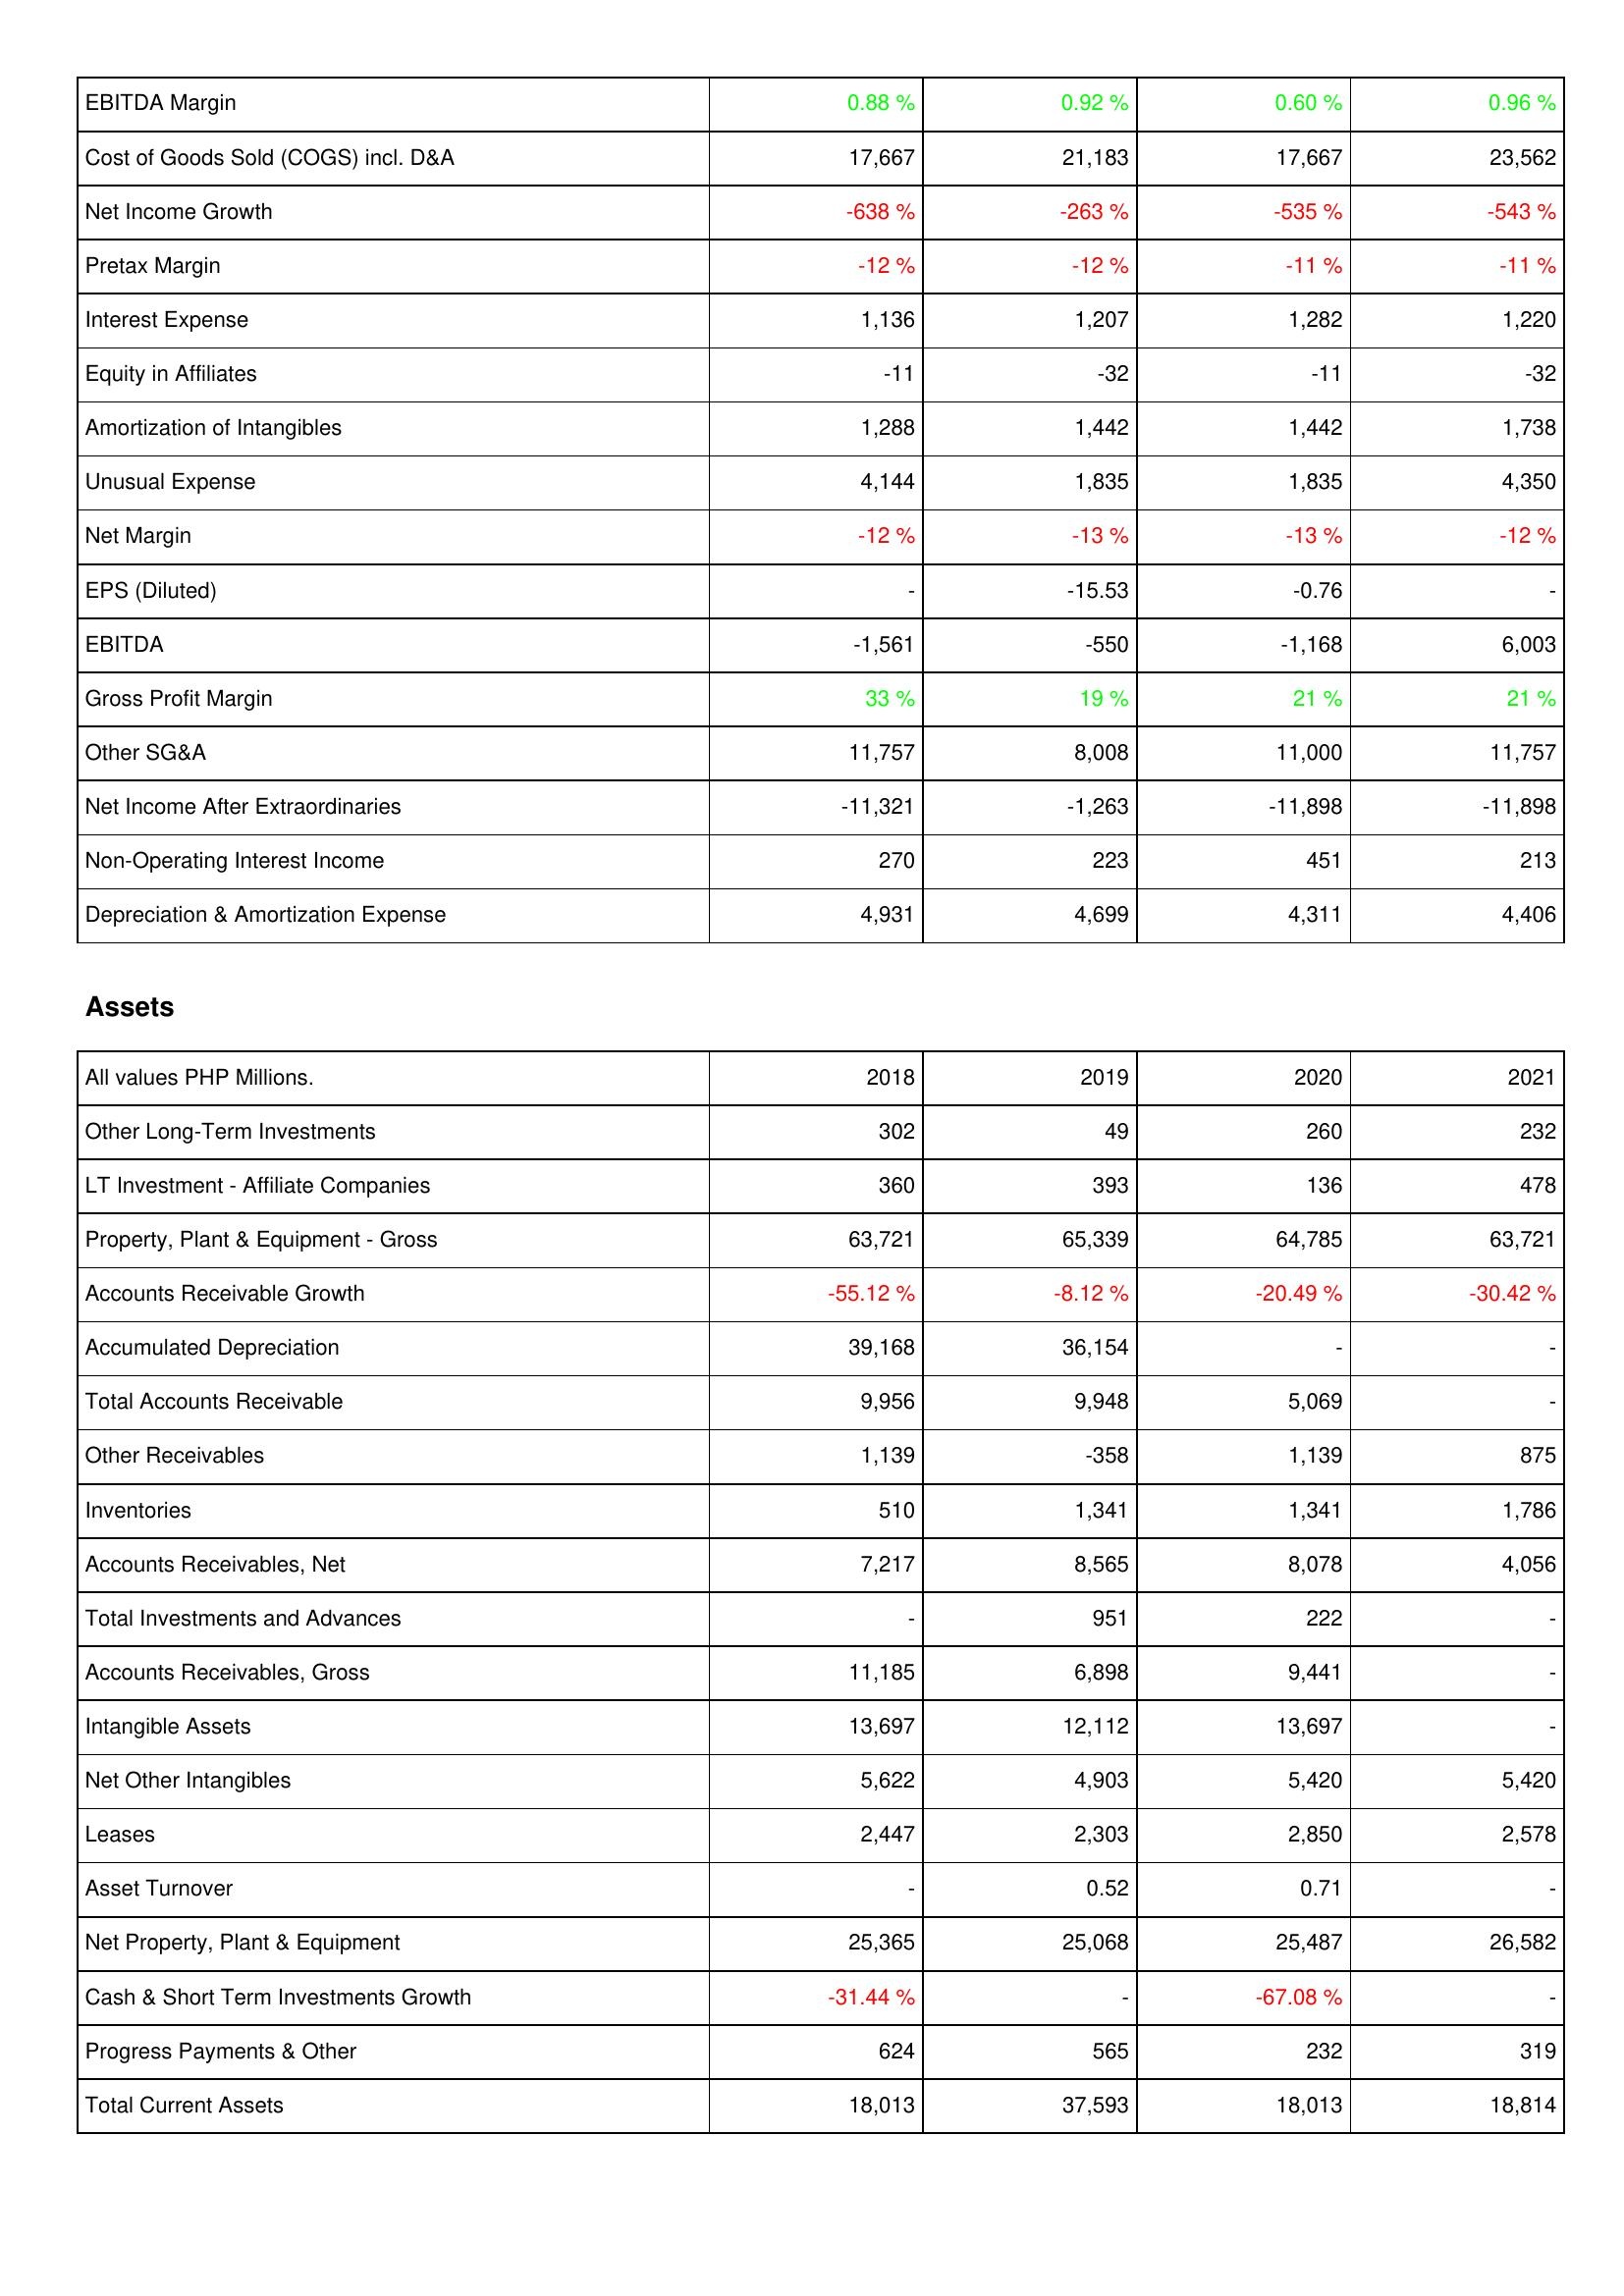
2018: Income Statement: EBITDA Margin: 0.88 %
Cost of Goods Sold (COGS) incl. D&A: 17,667
Net Income Growth: -638 %
Pretax Margin: -12 %
Interest Expense: 1,136
Equity in Affiliates: -11
Amortization of Intangibles: 1,288
Unusual Expense: 4,144
Net Margin: -12 %
EPS (Diluted): -
EBITDA: -1,561
Gross Profit Margin: 33 %
Other SG&A: 11,757
Net Income After Extraordinaries: -11,321
Non-Operating Interest Income: 270
Depreciation & Amortization Expense: 4,931
Assets: Other Long-Term Investments: 302
LT Investment - Affiliate Companies: 360
Property, Plant & Equipment - Gross: 63,721
Accounts Receivable Growth: -55.12 %
Accumulated Depreciation: 39,168
Total Accounts Receivable: 9,956
Other Receivables: 1,139
Inventories: 510
Accounts Receivables, Net: 7,217
Total Investments and Advances: -
Accounts Receivables, Gross: 11,185
Intangible Assets: 13,697
Net Other Intangibles: 5,622
Leases: 2,447
Asset Turnover: -
Net Property, Plant & Equipment: 25,365
Cash & Short Term Investments Growth: -31.44 %
Progress Payments & Other: 624
Total Current Assets: 18,013
2019: Income Statement: EBITDA Margin: 0.92 %
Cost of Goods Sold (COGS) incl. D&A: 21,183
Net Income Growth: -263 %
Pretax Margin: -12 %
Interest Expense: 1,207
Equity in Affiliates: -32
Amortization of Intangibles: 1,442
Unusual Expense: 1,835
Net Margin: -13 %
EPS (Diluted): -15.53
EBITDA: -550
Gross Profit Margin: 19 %
Other SG&A: 8,008
Net Income After Extraordinaries: -1,263
Non-Operating Interest Income: 223
Depreciation & Amortization Expense: 4,699
Assets: Other Long-Term Investments: 49
LT Investment - Affiliate Companies: 393
Property, Plant & Equipment - Gross: 65,339
Accounts Receivable Growth: -8.12 %
Accumulated Depreciation: 36,154
Total Accounts Receivable: 9,948
Other Receivables: -358
Inventories: 1,341
Accounts Receivables, Net: 8,565
Total Investments and Advances: 951
Accounts Receivables, Gross: 6,898
Intangible Assets: 12,112
Net Other Intangibles: 4,903
Leases: 2,303
Asset Turnover: 0.52
Net Property, Plant & Equipment: 25,068
Cash & Short Term Investments Growth: -
Progress Payments & Other: 565
Total Current Assets: 37,593
2020: Income Statement: EBITDA Margin: 0.60 %
Cost of Goods Sold (COGS) incl. D&A: 17,667
Net Income Growth: -535 %
Pretax Margin: -11 %
Interest Expense: 1,282
Equity in Affiliates: -11
Amortization of Intangibles: 1,442
Unusual Expense: 1,835
Net Margin: -13 %
EPS (Diluted): -0.76
EBITDA: -1,168
Gross Profit Margin: 21 %
Other SG&A: 11,000
Net Income After Extraordinaries: -11,898
Non-Operating Interest Income: 451
Depreciation & Amortization Expense: 4,311
Assets: Other Long-Term Investments: 260
LT Investment - Affiliate Companies: 136
Property, Plant & Equipment - Gross: 64,785
Accounts Receivable Growth: -20.49 %
Accumulated Depreciation: -
Total Accounts Receivable: 5,069
Other Receivables: 1,139
Inventories: 1,341
Accounts Receivables, Net: 8,078
Total Investments and Advances: 222
Accounts Receivables, Gross: 9,441
Intangible Assets: 13,697
Net Other Intangibles: 5,420
Leases: 2,850
Asset Turnover: 0.71
Net Property, Plant & Equipment: 25,487
Cash & Short Term Investments Growth: -67.08 %
Progress Payments & Other: 232
Total Current Assets: 18,013
2021: Income Statement: EBITDA Margin: 0.96 %
Cost of Goods Sold (COGS) incl. D&A: 23,562
Net Income Growth: -543 %
Pretax Margin: -11 %
Interest Expense: 1,220
Equity in Affiliates: -32
Amortization of Intangibles: 1,738
Unusual Expense: 4,350
Net Margin: -12 %
EPS (Diluted): -
EBITDA: 6,003
Gross Profit Margin: 21 %
Other SG&A: 11,757
Net Income After Extraordinaries: -11,898
Non-Operating Interest Income: 213
Depreciation & Amortization Expense: 4,406
Assets: Other Long-Term Investments: 232
LT Investment - Affiliate Companies: 478
Property, Plant & Equipment - Gross: 63,721
Accounts Receivable Growth: -30.42 %
Accumulated Depreciation: -
Total Accounts Receivable: -
Other Receivables: 875
Inventories: 1,786
Accounts Receivables, Net: 4,056
Total Investments and Advances: -
Accounts Receivables, Gross: -
Intangible Assets: -
Net Other Intangibles: 5,420
Leases: 2,578
Asset Turnover: -
Net Property, Plant & Equipment: 26,582
Cash & Short Term Investments Growth: -
Progress Payments & Other: 319
Total Current Assets: 18,814